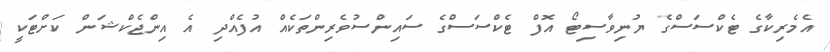
އެމެރިކާގެ ޓެކްސަސްގެ ޔުނިވާސިޓޯ އޮފް ޓެކްސަސްގެ ސައިންސުވެރިންތަކެއް އުފެއްދި އެ އިންޖެކްޝަން ކަށްޓަކީ